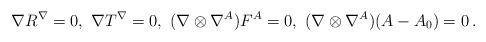
LaTeX: \begin{align*} \nabla R^\nabla=0,\ \nabla T^\nabla=0,\ (\nabla\otimes \nabla^A)F^A=0,\ (\nabla\otimes \nabla^A)(A-A_0)=0\,.\end{align*}